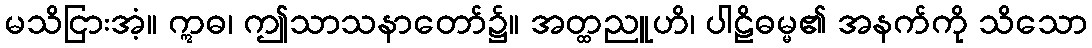
မသိငြားအံ့။ ဣဓ၊ ဤသာသနာတော်၌။ အတ္ထညူဟိ၊ ပါဠိဓမ္မ၏ အနက်ကို သိသော